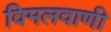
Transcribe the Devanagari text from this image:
विमलवाणी